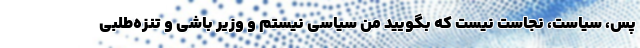
پس، سیاست، نجاست نیست که بگویید من سیاسی نیستم و وزیر باشی و تنزه‌طلبی